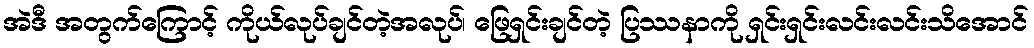
အဲဒီ အတွက်ကြောင့် ကိုယ်လုပ်ချင်တဲ့အလုပ်၊ ဖြေရှင်းချင်တဲ့ ပြဿနာကို ရှင်းရှင်းလင်းလင်းသိအောင်